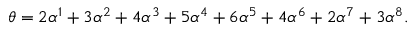
\theta = 2 \alpha ^ { 1 } + 3 \alpha ^ { 2 } + 4 \alpha ^ { 3 } + 5 \alpha ^ { 4 } + 6 \alpha ^ { 5 } + 4 \alpha ^ { 6 } + 2 \alpha ^ { 7 } + 3 \alpha ^ { 8 } .